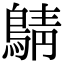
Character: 𪂴